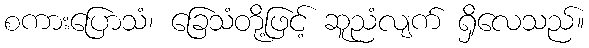
စကားပြောသံ၊ ခြေသံတို့ဖြင့် ဆူညံလျက် ရှိလေသည်။